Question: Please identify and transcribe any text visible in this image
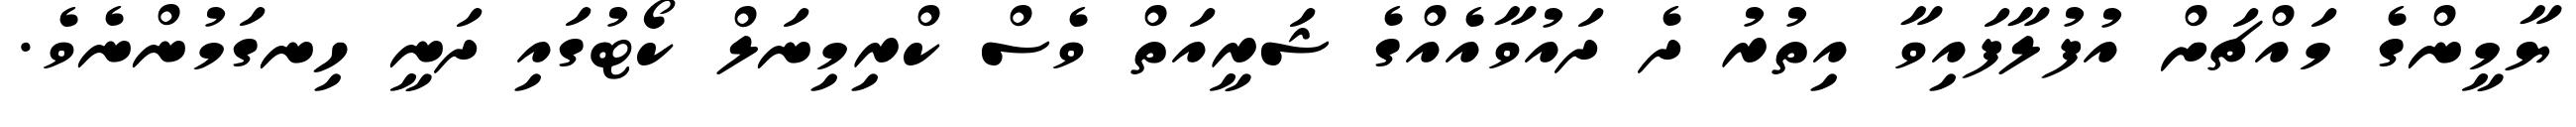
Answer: ޔާމީންގެ މައްޗަށް އުފުލާފައިވާ އިތުރު ދެ ދައުވާއެއްގެ ޝަރީއަތް ވެސް ކްރިމިނަލް ކޯޓުގައި ދަނީ ހިނގަމުންނެވެ.